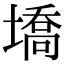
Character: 墧